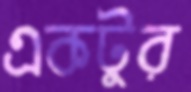
একটুর